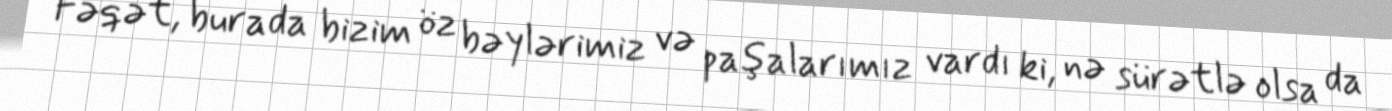
Fəqət, burada bizim öz bəylərimiz və paşalarımız vardı ki, nə sürətlə olsa da